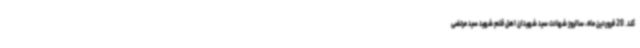
کند. 20 فروردین ماه، سالروز شهادت سید شهیدان اهل قلم شهید سید مرتضی